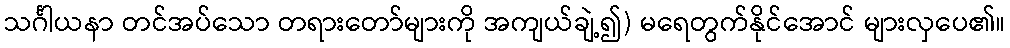
သင်္ဂါယနာ တင်အပ်သော တရားတော်များကို အကျယ်ချဲ့၍) မရေတွက်နိုင်အောင် များလှပေ၏။